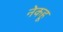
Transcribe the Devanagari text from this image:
नेकहू